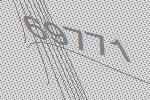
69771